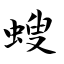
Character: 螋